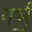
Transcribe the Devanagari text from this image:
गर्भं॒